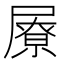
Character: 㞠